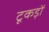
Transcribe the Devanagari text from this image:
टूकड़ों